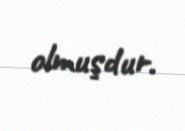
olmuşdur.